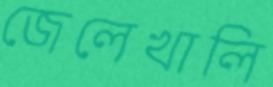
জেলেখালি